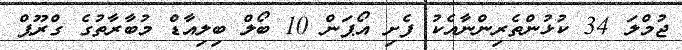
ޖުމްލަ 34 ކުޅުންތެރިންނާއެކު ފެށި އޯޕަން 10 ބޯލް ބިލިއާޑް މުބާރާތުގެ ގްރޫޕް